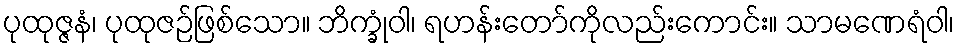
ပုထုဇ္ဇနံ၊ ပုထုဇဉ်ဖြစ်သော။ ဘိက္ခုံဝါ၊ ရဟန်းတော်ကိုလည်းကောင်း။ သာမဏေရံဝါ၊